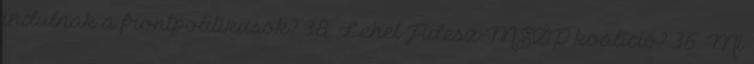
indulnak a frontpolitikusok? 38. Lehet Fidesz-MSZP koalíció? 36. Mi